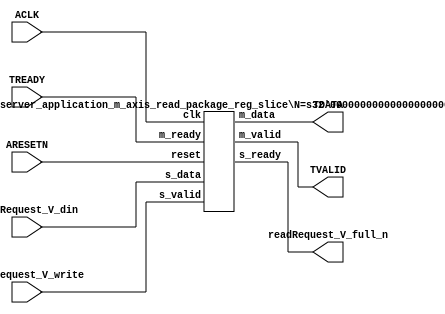
// ==============================================================
// File generated by Vivado(TM) HLS - High-Level Synthesis from C, C++ and SystemC
// Version: 2015.1
// Copyright (C) 2015 Xilinx Inc. All rights reserved.
// 
// ==============================================================


`timescale 1ns/1ps

module echo_server_application_m_axis_read_package_if (
    // AXI4-Stream singals
    input  wire        ACLK,
    input  wire        ARESETN,
    output wire        TVALID,
    input  wire        TREADY,
    output wire [31:0] TDATA,
    // User signals
    input  wire [31:0] readRequest_V_din,
    output wire        readRequest_V_full_n,
    input  wire        readRequest_V_write
);
//------------------------Local signal-------------------
// register slice
wire [0:0]  s_valid;
wire [0:0]  s_ready;
wire [31:0] s_data;
wire [0:0]  m_valid;
wire [0:0]  m_ready;
wire [31:0] m_data;

//------------------------Instantiation------------------
// rs
echo_server_application_m_axis_read_package_reg_slice #(
    .N       ( 32 )
) rs (
    .clk     ( ACLK ),
    .reset   ( ARESETN ),
    .s_data  ( s_data ),
    .s_valid ( s_valid ),
    .s_ready ( s_ready ),
    .m_data  ( m_data ),
    .m_valid ( m_valid ),
    .m_ready ( m_ready )
);

//------------------------Body---------------------------
// AXI4-Stream
assign TVALID               = m_valid;
assign TDATA                = m_data[31:0];
// Register Slice
assign s_valid              = readRequest_V_write;
assign m_ready              = TREADY;
assign s_data               = readRequest_V_din;
// User Signal
assign readRequest_V_full_n = s_ready;

endmodule



`timescale 1ns/1ps

module echo_server_application_m_axis_read_package_reg_slice
#(parameter
    N = 8   // data width
) (
    // system signals
    input  wire         clk,
    input  wire         reset,
    // slave side
    input  wire [N-1:0] s_data,
    input  wire         s_valid,
    output wire         s_ready,
    // master side
    output wire [N-1:0] m_data,
    output wire         m_valid,
    input  wire         m_ready
);
//------------------------Parameter----------------------
// state
localparam [1:0]
    ZERO = 2'b10,
    ONE  = 2'b11,
    TWO  = 2'b01;
//------------------------Local signal-------------------
reg  [N-1:0] data_p1;
reg  [N-1:0] data_p2;
wire         load_p1;
wire         load_p2;
wire         load_p1_from_p2;
reg          s_ready_t;
reg  [1:0]   state;
reg  [1:0]   next;
//------------------------Body---------------------------
assign s_ready = s_ready_t;
assign m_data  = data_p1;
assign m_valid = state[0];

assign load_p1 = (state == ZERO && s_valid) ||
                 (state == ONE && s_valid && m_ready) ||
                 (state == TWO && m_ready);
assign load_p2 = s_valid & s_ready;
assign load_p1_from_p2 = (state == TWO);

// data_p1
always @(posedge clk) begin
    if (load_p1) begin
        if (load_p1_from_p2)
            data_p1 <= data_p2;
        else
            data_p1 <= s_data;
    end
end

// data_p2
always @(posedge clk) begin
    if (load_p2) data_p2 <= s_data;
end

// s_ready_t
always @(posedge clk) begin
    if (~reset)
        s_ready_t <= 1'b0;
    else if (state == ZERO)
        s_ready_t <= 1'b1;
    else if (state == ONE && next == TWO)
        s_ready_t <= 1'b0;
    else if (state == TWO && next == ONE)
        s_ready_t <= 1'b1;
end

// state
always @(posedge clk) begin
    if (~reset)
        state <= ZERO;
    else
        state <= next;
end

// next
always @(*) begin
    case (state)
        ZERO:
            if (s_valid & s_ready)
                next = ONE;
            else
                next = ZERO;
        ONE:
            if (~s_valid & m_ready)
                next = ZERO;
            else if (s_valid & ~m_ready)
                next = TWO;
            else
                next = ONE;
        TWO:
            if (m_ready)
                next = ONE;
            else
                next = TWO;
        default:
            next = ZERO;
    endcase
end

endmodule